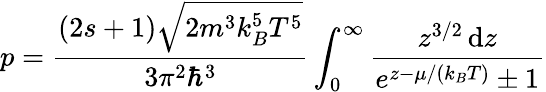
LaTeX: p={\frac{(2s+1){\sqrt{2m^{3}k_{B}^{5}T^{5}}}}{3\pi^{2}\hbar^{3}}}\int_{0}^{\infty}{\frac{z^{3/2}\, \mathrm{d}z}{e^{z-\mu/(k_{B}T)}\pm 1}}